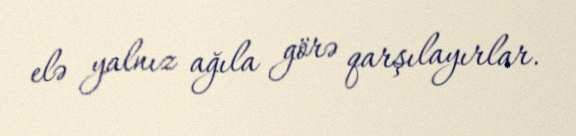
elə yalnız ağıla görə qarşılayırlar.